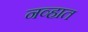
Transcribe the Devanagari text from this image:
नव्हात